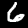
Label: 6